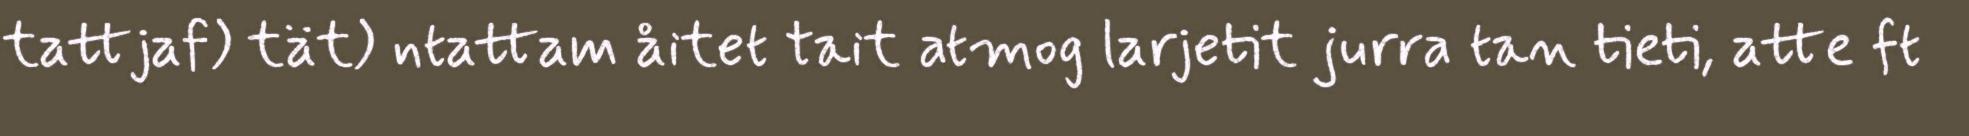
tattjaf) tät) ntattam åitet tait atmog larjetit jurra tan tieti, atte ft